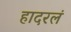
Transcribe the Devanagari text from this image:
हादरलं